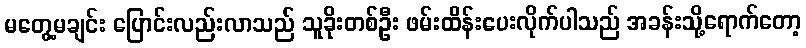
မတွေ့မချင်း ပြောင်းလည်းလာသည် သူခိုးတစ်ဦး ဖမ်းထိန်းပေးလိုက်ပါသည် အခန်းသို့ရောက်တော့